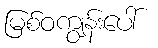
မြစ်ဝကျွန်းပေါ်